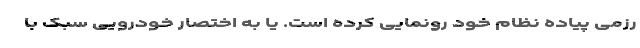
رزمی پیاده نظام خود رونمایی کرده است. یا به اختصار خودرویی سبک با